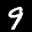
Label: 9